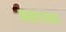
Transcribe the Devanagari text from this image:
कसाऱ्याला